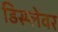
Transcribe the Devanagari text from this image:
डिस्प्लेवर